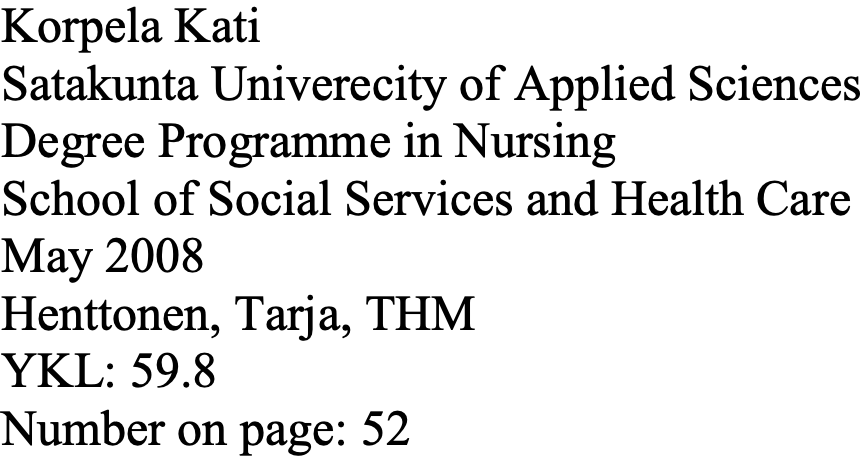
Korpela Kati Satakunta Univerecity of Applied Sciences Degree Programme in Nursing School of Social Services and Health Care May 2008 Henttonen, Tarja, THM YKL: 59.8 Number on page: 52